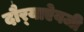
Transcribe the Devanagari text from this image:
दौर्‍याऐवजी